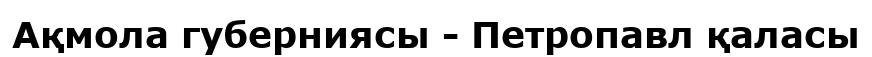
Ақмола губерниясы - Петропавл қаласы